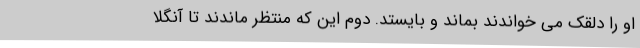
او را دلقک می خواندند بماند و بایستد. دوم این که منتظر ماندند تا آنگلا